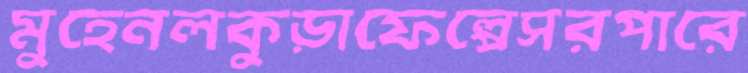
মুহেনলকুড়াফেল্পেসরপারে